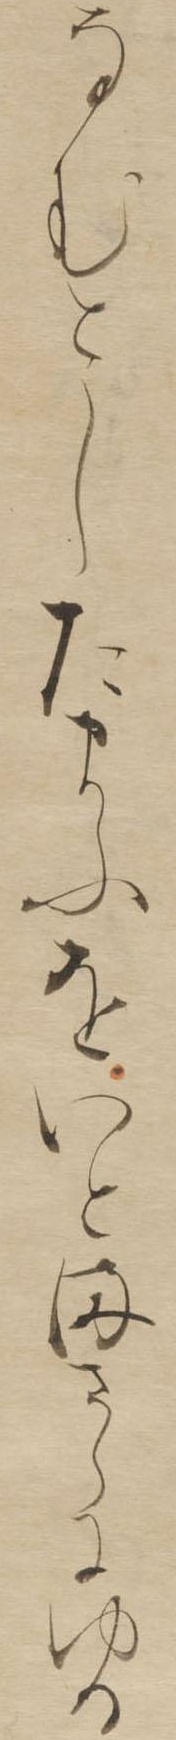
なむとしたまふをいとまさらにゆる